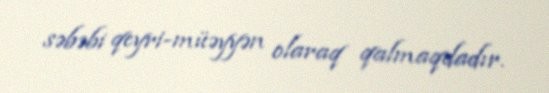
səbəbi qeyri-müəyyən olaraq qalmaqdadır.